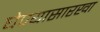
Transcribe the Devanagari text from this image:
घेण्यासारखा